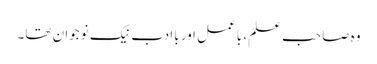
وہ صاحب علم، باعمل اور باادب نیک نوجوان تھا۔